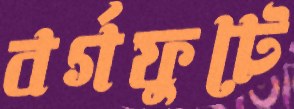
বর্গফুটে